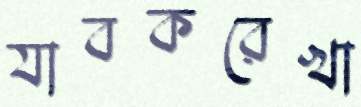
যাবকরেখা